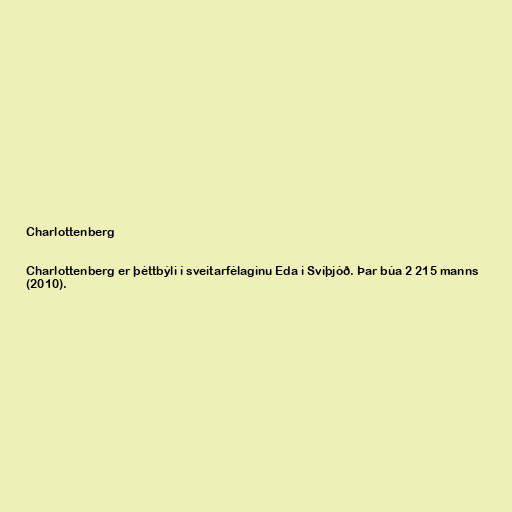
Charlottenberg

Charlottenberg er þéttbýli í sveitarfélaginu Eda i Svíþjóð. Þar búa 2 215 manns
(2010).